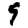
Digit: 9